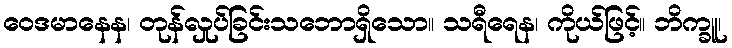
ဝေဒမာနေန၊ တုန်လှုပ်ခြင်းသဘောရှိသော။ သရီရေန၊ ကိုယ်ဖြင့်။ ဘိက္ခူ၊